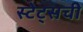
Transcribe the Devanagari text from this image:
स्टेट्सची